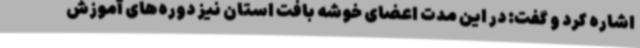
اشاره کرد و گفت: در این مدت اعضای خوشه بافت استان نیز دوره‌های آموزش